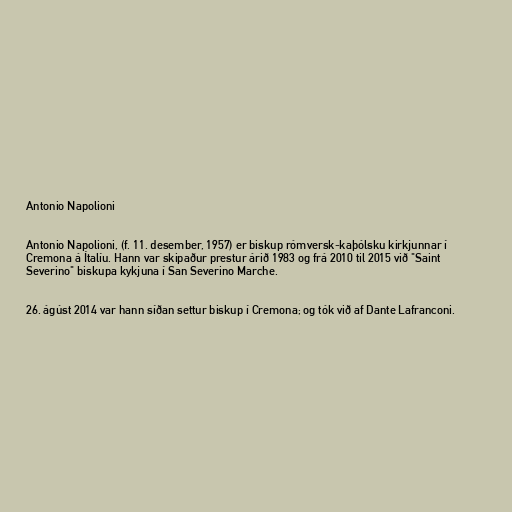
Antonio Napolioni

Antonio Napolioni, (f. 11. desember, 1957) er biskup rómversk-kaþólsku kirkjunnar í
Cremona á Ítalíu. Hann var skipaður prestur árið 1983 og frá 2010 til 2015 við "Saint
Severino" biskupa kykjuna í San Severino Marche.

26. ágúst 2014 var hann síðan settur biskup í Cremona; og tók við af Dante Lafranconi.